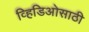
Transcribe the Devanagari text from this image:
व्हिडिओसाठी